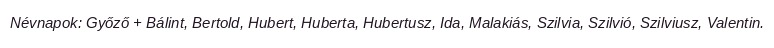
Névnapok: Győző + Bálint, Bertold, Hubert, Huberta, Hubertusz, Ida, Malakiás, Szilvia, Szilvió, Szilviusz, Valentin.